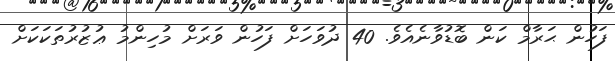
ފަހުން ޙަރާމް ކަން ބޮޑުވާނެއެވެ. 40 ދުވަހަށް ފަހުން ވަރަށް މުހިންމު ޢުޒުރުތަކަކަށް